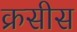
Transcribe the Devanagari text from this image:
क्रसीस